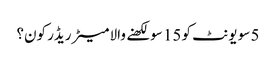
5 سو یونٹ کو 15 سو لکھنے والا میٹر ریڈر کون؟